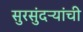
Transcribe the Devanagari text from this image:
सुरसुंदऱ्यांची